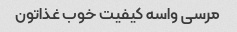
مرسی واسه کیفیت خوب غذاتون